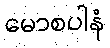
မောစပါနံ